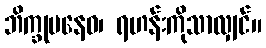
ဘိက္ခုပနေဝ၊ ရဟန်းကိုသာလျှင်။